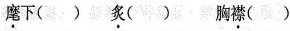
\underset{·}{麾}下( )\underset{·}{炙}( )胸\underset{·}{襟}( )